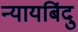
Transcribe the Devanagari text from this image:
न्यायबिंदु